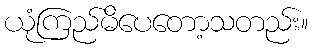
ယုံကြည်မိပေတော့သတည်း။